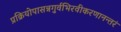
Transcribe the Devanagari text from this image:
प्रक्रियोपासन्नगुर्वभिरवीकरणानन्तरं